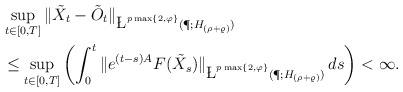
LaTeX: \begin{align*} &\sup_{ t \in [0,T] } \| \tilde{X}_t - \tilde{O}_t \|_{ \L^{p\max\{2,\varphi\}}( \P; H_{(\rho+\varrho)} ) }\\ & \leq \sup_{ t \in [0,T] } \left( \int_0^t \| e^{(t-s)A} F( \tilde{X}_s ) \|_{ \L^{p\max\{2,\varphi\}}( \P; H_{(\rho+\varrho)} ) } \, ds \right) < \infty . \end{align*}